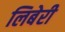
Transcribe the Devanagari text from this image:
लिबेरी